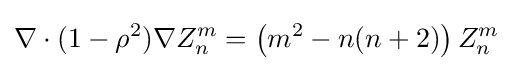
\nabla \cdot (1-\rho ^{2})\nabla Z_{n}^{m}=\left(m^{2}-n(n+2)\right)Z_{n}^{m}